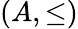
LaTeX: (A,{\leq})